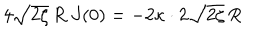
LaTeX: 4 \sqrt { 2 \zeta } \, R \: J ( 0 ) = - 2 \kappa \cdot 2 \sqrt { 2 \zeta } \, R